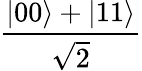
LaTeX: \frac{|00\rangle+|11\rangle}{\sqrt{2}}